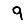
Digit: 9